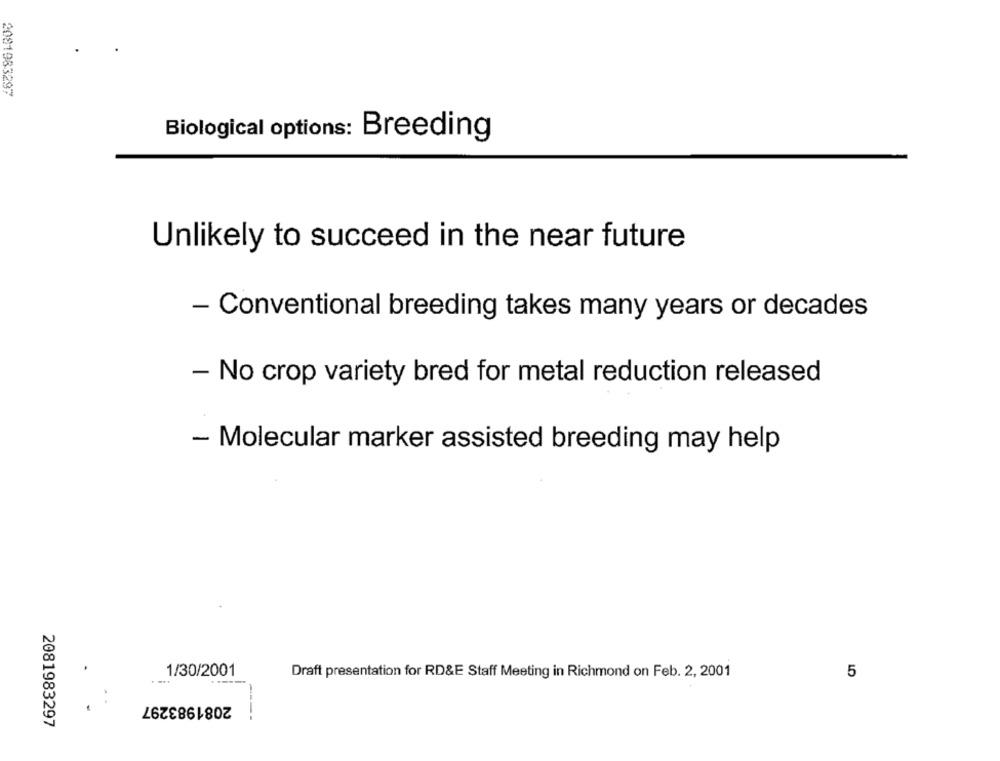
2081983297
Biological options: Breeding
Unlikely to succeed in the near future
- Conventional breeding takes many years or decades
- No crop variety bred for metal reduction released
- Molecular marker assisted breeding may help
1/30/2001
Draft presentation for RD&E Staff Meeting in Richmond on Feb. 2, 2001
5
2081983297
2081983297